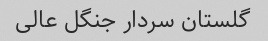
گلستان سردار جنگل عالی